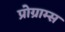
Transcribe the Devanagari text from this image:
प्रोग्राम्‍स